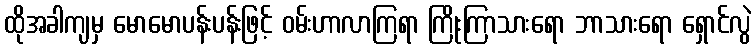
ထိုအခါကျမှ မောမောပန်းပန်းဖြင့် ဝမ်းဟာလာကြရာ ကြိုးကြာသားရော ဘာသားရော ရှောင်လွဲ